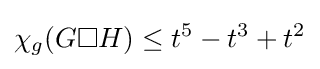
\chi _{g}(G\square H)\leq t^{5}-t^{3}+t^{2}